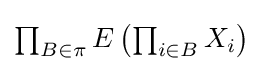
{\textstyle \prod _{B\in \pi }E\left(\prod _{i\in B}X_{i}\right)}